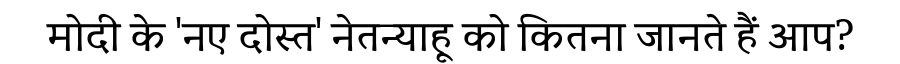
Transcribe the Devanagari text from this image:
मोदी के 'नए दोस्त' नेतन्याहू को कितना जानते हैं आप?